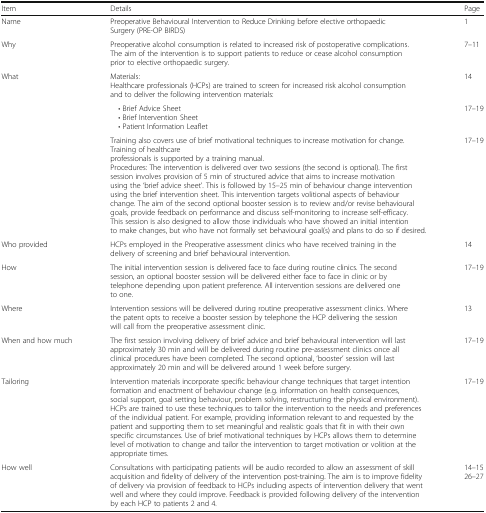
<table><thead><tr><td><b>Item</b></td><td><b>Details</b></td><td><b>Page</b></td></tr></thead><tbody><tr><td>Name</td><td>Preoperative Behavioural Intervention to Reduce Drinking before elective orthopaedic Surgery (PRE-OP BIRDS)</td><td>1</td></tr><tr><td>Why</td><td>Preoperative alcohol consumption is related to increased risk of postoperative complications. The aim of the intervention is to support patients to reduce or cease alcohol consumption prior to elective orthopaedic surgery.</td><td>7–11</td></tr><tr><td rowspan="3">What</td><td>Materials:Healthcare professionals (HCPs) are trained to screen for increased risk alcohol consumption and to deliver the following intervention materials:</td><td>14</td></tr><tr><td> • Brief Advice Sheet • Brief Intervention Sheet • Patient Information Leaflet</td><td>17–19</td></tr><tr><td>Training also covers use of brief motivational techniques to increase motivation for change. Training of healthcare professionals is supported by a training manual.Procedures: The intervention is delivered over two sessions (the second is optional). The first session involves provision of 5 min of structured advice that aims to increase motivation using the ‘brief advice sheet’. This is followed by 15–25 min of behaviour change intervention using the brief intervention sheet. This intervention targets volitional aspects of behaviour change. The aim of the second optional booster session is to review and/or revise behavioural goals, provide feedback on performance and discuss self-monitoring to increase self-efficacy. This session is also designed to allow those individuals who have showed an initial intention to make changes, but who have not formally set behavioural goal(s) and plans to do so if desired.</td><td>17–19</td></tr><tr><td>Who provided</td><td>HCPs employed in the Preoperative assessment clinics who have received training in the delivery of screening and brief behavioural intervention.</td><td>14</td></tr><tr><td>How</td><td>The initial intervention session is delivered face to face during routine clinics. The second session, an optional booster session will be delivered either face to face in clinic or by telephone depending upon patient preference. All intervention sessions are delivered one to one.</td><td>17–19</td></tr><tr><td>Where</td><td>Intervention sessions will be delivered during routine preoperative assessment clinics. Where the patent opts to receive a booster session by telephone the HCP delivering the session will call from the preoperative assessment clinic.</td><td>13</td></tr><tr><td>When and how much</td><td>The first session involving delivery of brief advice and brief behavioural intervention will last approximately 30 min and will be delivered during routine pre-assessment clinics once all clinical procedures have been completed. The second optional, ‘booster’ session will last approximately 20 min and will be delivered around 1 week before surgery.</td><td>17–19</td></tr><tr><td>Tailoring</td><td>Intervention materials incorporate specific behaviour change techniques that target intention formation and enactment of behaviour change (e.g. information on health consequences, social support, goal setting behaviour, problem solving, restructuring the physical environment). HCPs are trained to use these techniques to tailor the intervention to the needs and preferences of the individual patient. For example, providing information relevant to and requested by the patient and supporting them to set meaningful and realistic goals that fit in with their own specific circumstances. Use of brief motivational techniques by HCPs allows them to determine level of motivation to change and tailor the intervention to target motivation or volition at the appropriate times.</td><td>17–19</td></tr><tr><td>How well</td><td>Consultations with participating patients will be audio recorded to allow an assessment of skill acquisition and fidelity of delivery of the intervention post-training. The aim is to improve fidelity of delivery via provision of feedback to HCPs including aspects of intervention delivery that went well and where they could improve. Feedback is provided following delivery of the intervention by each HCP to patients 2 and 4.</td><td>14–1526–27</td></tr></tbody></table>